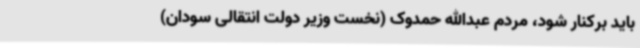
باید برکنار شود، مردم عبدالله حمدوک (نخست وزیر دولت انتقالی سودان)